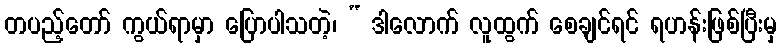
တပည့်တော် ကွယ်ရာမှာ ပြောပါသတဲ့၊ “ ဒါလောက် လူထွက် စေချင်ရင် ရဟန်းဖြစ်ပြီးမှ